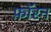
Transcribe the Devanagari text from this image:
फ़ॉरन